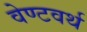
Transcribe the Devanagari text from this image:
वेण्टवर्थ